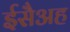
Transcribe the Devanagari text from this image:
ईसैअह